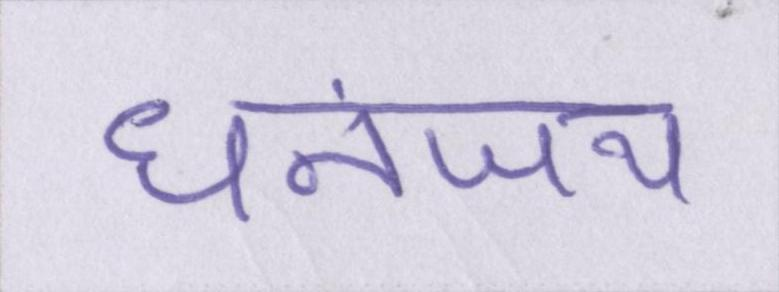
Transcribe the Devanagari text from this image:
धनंजय